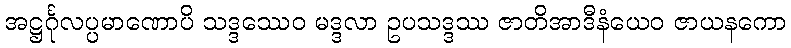
အဋ္ဌင်္ဂုလပ္ပမာဏောပိ သဒ္ဒဿေဝ မဒ္ဒလာ ဥပသဒ္ဒဿ ဇာတိအာဒီနံယေဝ ဇာယနကော